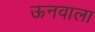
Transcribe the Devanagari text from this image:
ऊनवाला